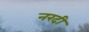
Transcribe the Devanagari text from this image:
नरदी